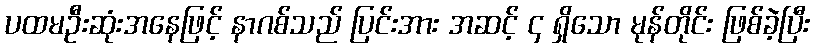
ပထမဦးဆုံးအနေဖြင့် နာဂစ်သည် ပြင်းအား အဆင့် ၄ ရှိသော မုန်တိုင်း ဖြစ်ခဲ့ပြီး